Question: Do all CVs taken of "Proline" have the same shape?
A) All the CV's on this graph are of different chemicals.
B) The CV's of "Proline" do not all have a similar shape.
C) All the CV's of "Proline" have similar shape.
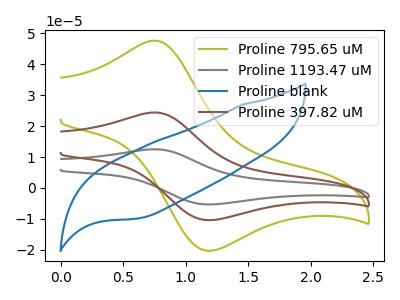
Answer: <think>The olive curve "Proline 795.65 uM" has an anodic peak at (0.75V, 47.60uA) and a cathodic peak at (1.15V, -20.25uA). The gray curve "Proline 1193.47 uM" has an anodic peak at (0.75V, 48.80uA) and a cathodic peak at (1.15V, -20.75uA). The blue curve "Proline blank" has no peaks. The brown curve "Proline 397.82 uM" has an anodic peak at (0.75V, 24.40uA) and a cathodic peak at (1.15V, -10.40uA).
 All the peaks in "Proline 795.65 uM" have a peak in "Proline 1193.47 uM" at the same potential. Every peak in "Proline 795.65 uM" is lower than every peak in "Proline 1193.47 uM". "Proline 795.65 uM" and "Proline blank" have a different number of peaks. All the peaks in "Proline 795.65 uM" have a peak in "Proline 397.82 uM" at the same potential. Every peak in "Proline 795.65 uM" is higher than every peak in "Proline 397.82 uM". "Proline 1193.47 uM" and "Proline blank" have a different number of peaks. All the peaks in "Proline 1193.47 uM" have a peak in "Proline 397.82 uM" at the same potential. Every peak in "Proline 1193.47 uM" is higher than every peak in "Proline 397.82 uM". "Proline blank" and "Proline 397.82 uM" have a different number of peaks.</think>
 <answer>C) All the CV's of "Proline" have similar shape.</answer>
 <eval>C</eval>